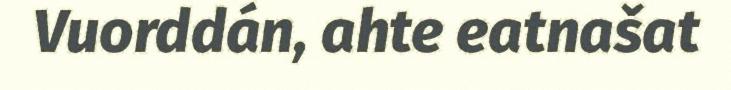
Vuorddán, ahte eatnašat